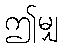
ဤမျှ